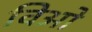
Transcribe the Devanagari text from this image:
विओ